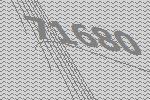
71680